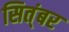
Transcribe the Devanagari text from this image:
सित्ंबर